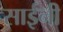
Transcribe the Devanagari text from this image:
साईनी